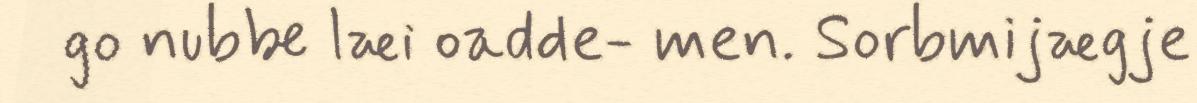
go nubbe læi oadde- men. Sorbmijægje